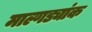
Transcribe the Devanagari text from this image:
माल्गड्यांक